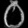
Digit: ၀